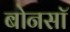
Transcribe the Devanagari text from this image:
बोनसॉ